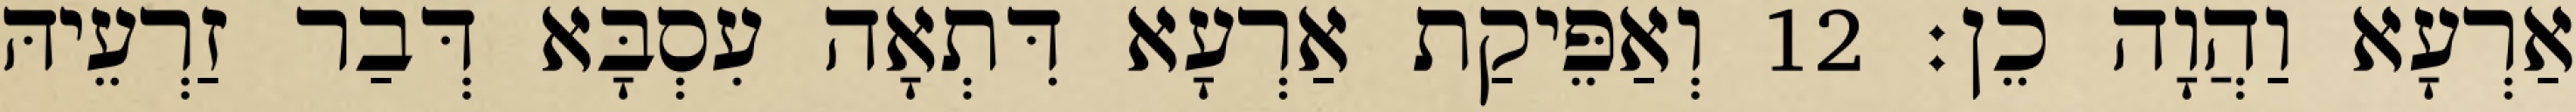
אַרְעָא וַהֲוָה כֵן׃ 12 וְאַפֵּיקַת אַרְעָא דִּתְאָה עִסְבָּא דְּבַר זַרְעֵיהּ